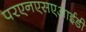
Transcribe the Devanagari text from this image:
परएनएसएआईडी